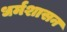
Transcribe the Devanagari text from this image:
धर्मशासन